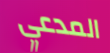
المدعي